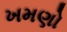
ખમણો